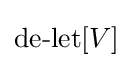
\operatorname {de-let} [V]